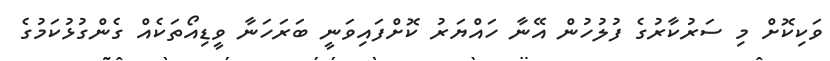
ވަކިކޮށް މި ސަރުކާރުގެ ފުލުހުން އޭނާ ހައްޔަރު ކޮށްފައިވަނީ ބަރަހަނާ ވީޑިއޯތަކެއް ގެންގުޅުކަމުގެ